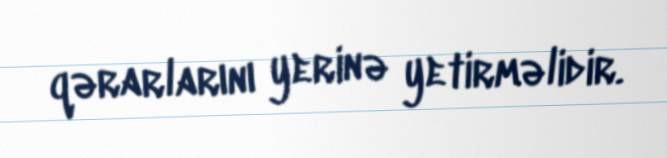
qərarlarını yerinə yetirməlidir.